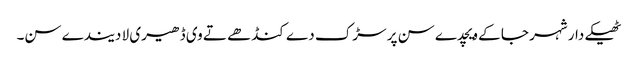
ٹھیکے دار شہر جا کے ویچدے سن پر سڑک دے کنڈھے تے وی ڈھیری لا دیندے سن۔